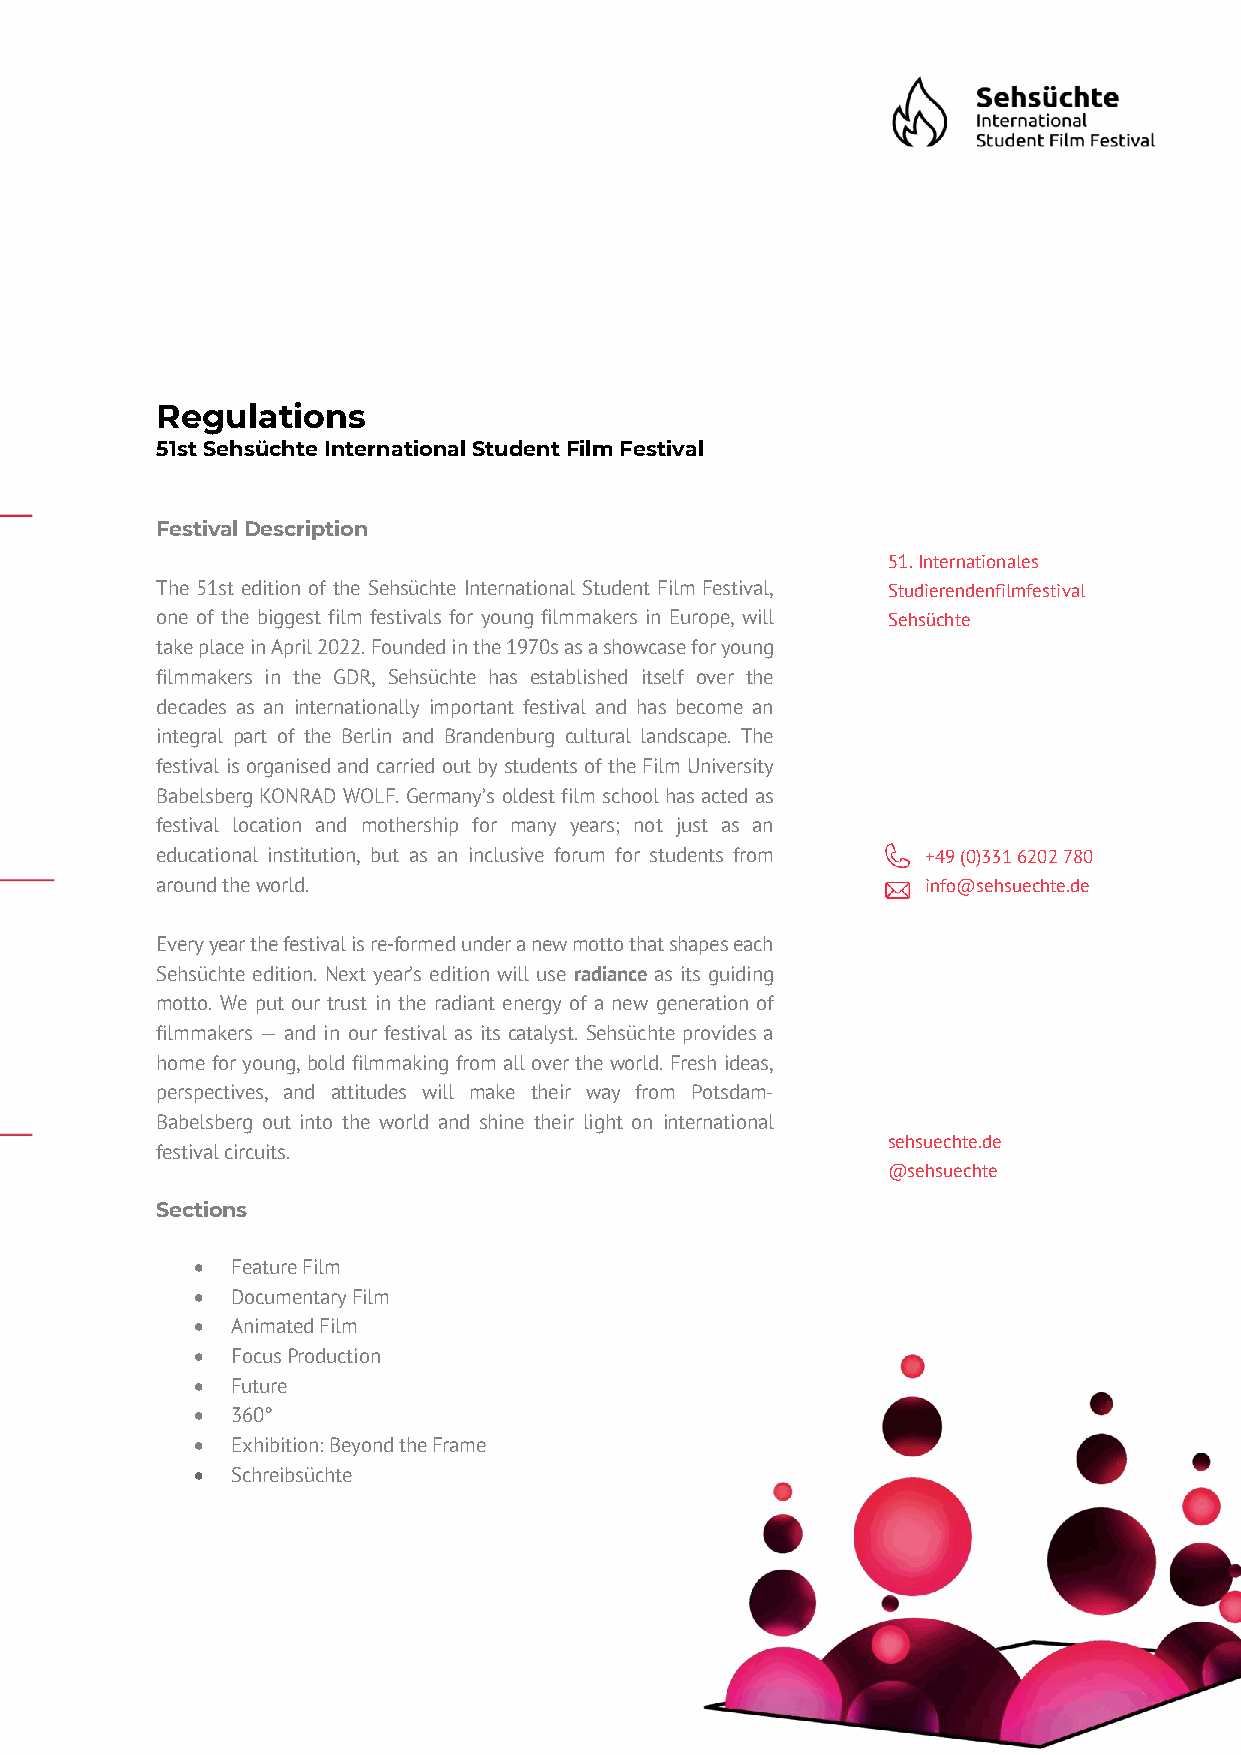
Regulations
 51st Sehsüchte International Student Film Festival
 Festival Description
 51. Internationales
 The 51st edition of the Sehsüchte International Student Film Festival, Studierendenfilmfestival
 one of the biggest film festivals for young filmmakers in Europe, will Sehsüchte
 take place in April 2022. Founded in the 1970s as a showcase for young
 filmmakers in the GDR, Sehsüchte has established itself over the
 decades as an internationally important festival and has become an
 integral part of the Berlin and Brandenburg cultural landscape. The
 festival is organised and carried out by students of the Film University
 Babelsberg KONRAD WOLF. Germany’s oldest film school has acted as
 festival location and mothership for many years; not just as an
 educational institution, but as an inclusive forum for students from +49 (0)331 6202 780
 around the world.                                  info@sehsuechte.de
 Every year the festival is re-formed under a new motto that shapes each
 Sehsüchte edition. Next year’s edition will use radiance as its guiding
 motto. We put our trust in the radiant energy of a new generation of
 filmmakers — and in our festival as its catalyst. Sehsüchte provides a
 home for young, bold filmmaking from all over the world. Fresh ideas,
 perspectives, and attitudes will make their way from Potsdam-
 Babelsberg out into the world and shine their light on international
 sehsuechte.de
 festival circuits.
 @sehsuechte
 Sections
 • Feature Film
 • Documentary Film
 • Animated Film
 • Focus Production
 • Future
 • 360°
 • Exhibition: Beyond the Frame
 • Schreibsüchte